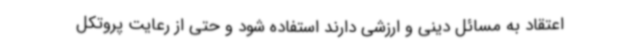
اعتقاد به مسائل دینی و ارزشی دارند استفاده شود و حتی از رعایت پروتکل